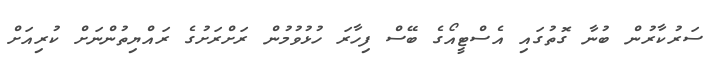
ސަރުކާރުން ބުނާ ގޮތުގައި އެސްޓީއޯގެ ބޭސް ފިހާރަ ހުޅުވުމުން ރަށްރަށުގެ ރައްޔިތުންނަށް ކުރިއަށް